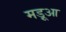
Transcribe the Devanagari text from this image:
मड़ूआ